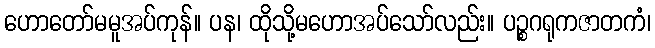
ဟောတော်မမူအပ်ကုန်။ ပန၊ ထိုသို့မဟောအပ်သော်လည်း။ ပဉ္စဂရုကဇာတကံ၊